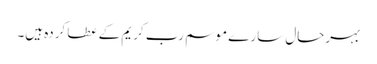
بہرحال سارے موسم رب کریم کے عطا کردہ ہیں۔